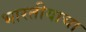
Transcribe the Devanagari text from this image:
भारतीयाचा